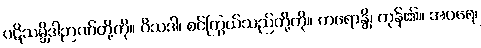
ပဋိသမ္ဘိဒါဉာဏ်တို့ကို။ ဝိသဒါ၊ စင်ကြွယ်သည်တို့ကို။ ကရောန္တိ၊ ကုန်၏။ အပရေ၊